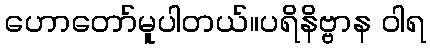
ဟောတော်မူပါတယ်။ပရိနိဗ္ဗာန ဝါရ